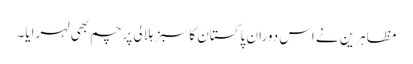
مظاہرین نے اس دوران پاکستان کا سبز ہلالی پرچم بھی لہرایا۔